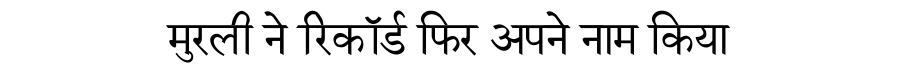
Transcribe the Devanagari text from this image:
मुरली ने रिकॉर्ड फिर अपने नाम किया